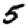
Digit: 5